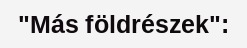
"Más földrészek":